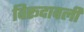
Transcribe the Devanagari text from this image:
विरूदावली